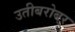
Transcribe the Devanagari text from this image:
उतीबरोबर